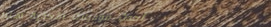
أحدث موديلات الأحذية هنا!